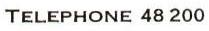
TELEPHONE 48 200